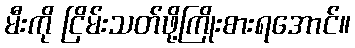
မီးကို ငြိမ်းသတ်ဖို့ကြိုးစားရအောင်။